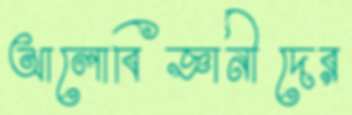
আলোবিজ্ঞানীদের